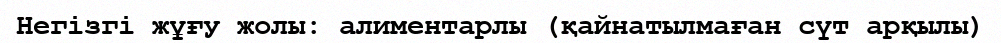
Негізгі жұғу жолы: алиментарлы (қайнатылмаған сүт арқылы)